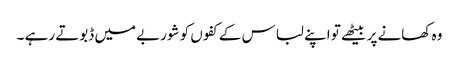
وہ کھانے پر بیٹھے تو اپنے لباس کے کفوں کو شوربے میں ڈبوتے رہے ۔